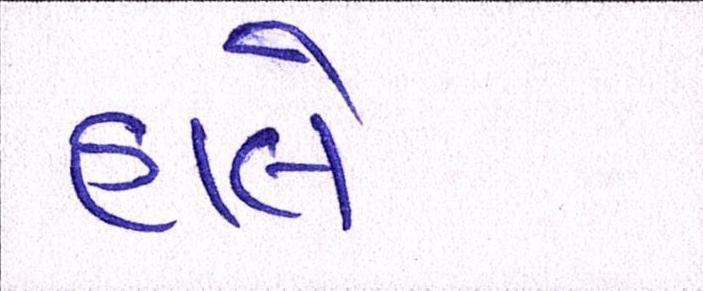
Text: હાલે